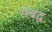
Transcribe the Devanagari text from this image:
संबद्घ